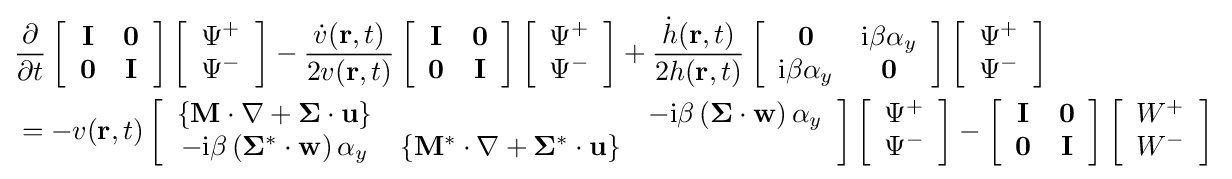
{\begin{aligned}&{\frac {\partial }{\partial t}}\left[{\begin{array}{cc}{\mathbf {I} }&{\mathbf {0} }\\{\mathbf {0} }&{\mathbf {I} }\end{array}}\right]\left[{\begin{array}{cc}\Psi ^{+}\\\Psi ^{-}\end{array}}\right]-{\frac {{\dot {v}}({\mathbf {r} },t)}{2v({\mathbf {r} },t)}}\left[{\begin{array}{cc}{\mathbf {I} }&{\mathbf {0} }\\{\mathbf {0} }&{\mathbf {I} }\end{array}}\right]\left[{\begin{array}{cc}\Psi ^{+}\\\Psi ^{-}\end{array}}\right]+{\frac {{\dot {h}}({\mathbf {r} },t)}{2h({\mathbf {r} },t)}}\left[{\begin{array}{cc}{\mathbf {0} }&{\rm {i}}\beta \alpha _{y}\\{\rm {i}}\beta \alpha _{y}&{\mathbf {0} }\end{array}}\right]\left[{\begin{array}{cc}\Psi ^{+}\\\Psi ^{-}\end{array}}\right]\\&=-v({\mathbf {r} },t)\left[{\begin{array}{ccc}\left\{{\mathbf {M} }\cdot {\mathbf {\nabla } }+{\mathbf {\Sigma } }\cdot {\mathbf {u} }\right\}&&-{\rm {i}}\beta \left({\mathbf {\Sigma } }\cdot {\mathbf {w} }\right)\alpha _{y}\\-{\rm {i}}\beta \left({\mathbf {\Sigma } }^{*}\cdot {\mathbf {w} }\right)\alpha _{y}&\left\{{\mathbf {M} }^{*}\cdot {\mathbf {\nabla } }+{\mathbf {\Sigma } }^{*}\cdot {\mathbf {u} }\right\}\end{array}}\right]\left[{\begin{array}{cc}\Psi ^{+}\\\Psi ^{-}\end{array}}\right]-\left[{\begin{array}{cc}{\mathbf {I} }&{\mathbf {0} }\\{\mathbf {0} }&{\mathbf {I} }\end{array}}\right]\left[{\begin{array}{c}W^{+}\\W^{-}\end{array}}\right]\,\end{aligned}}